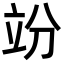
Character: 竕